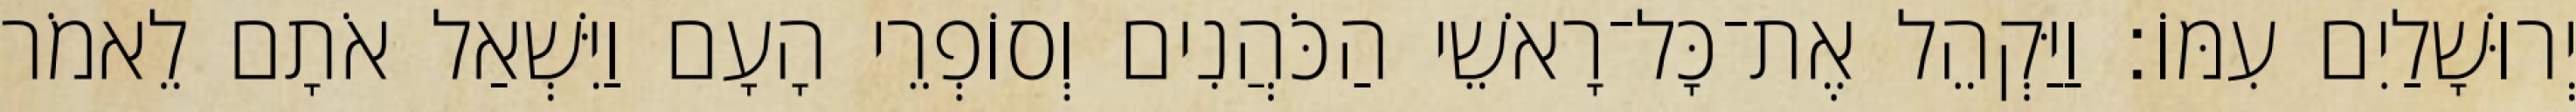
יְרוּשָׁלַיִם עִמּוֹ׃ וַיַּקְהֵל אֶת־כָּל־רָאשֵׁי הַכֹּהֲנִים וְסוֹפְרֵי הָעָם וַיִּשְׁאַל אֹתָם לֵאמֹר